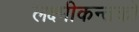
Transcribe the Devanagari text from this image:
लक्ष्मीकन्तको